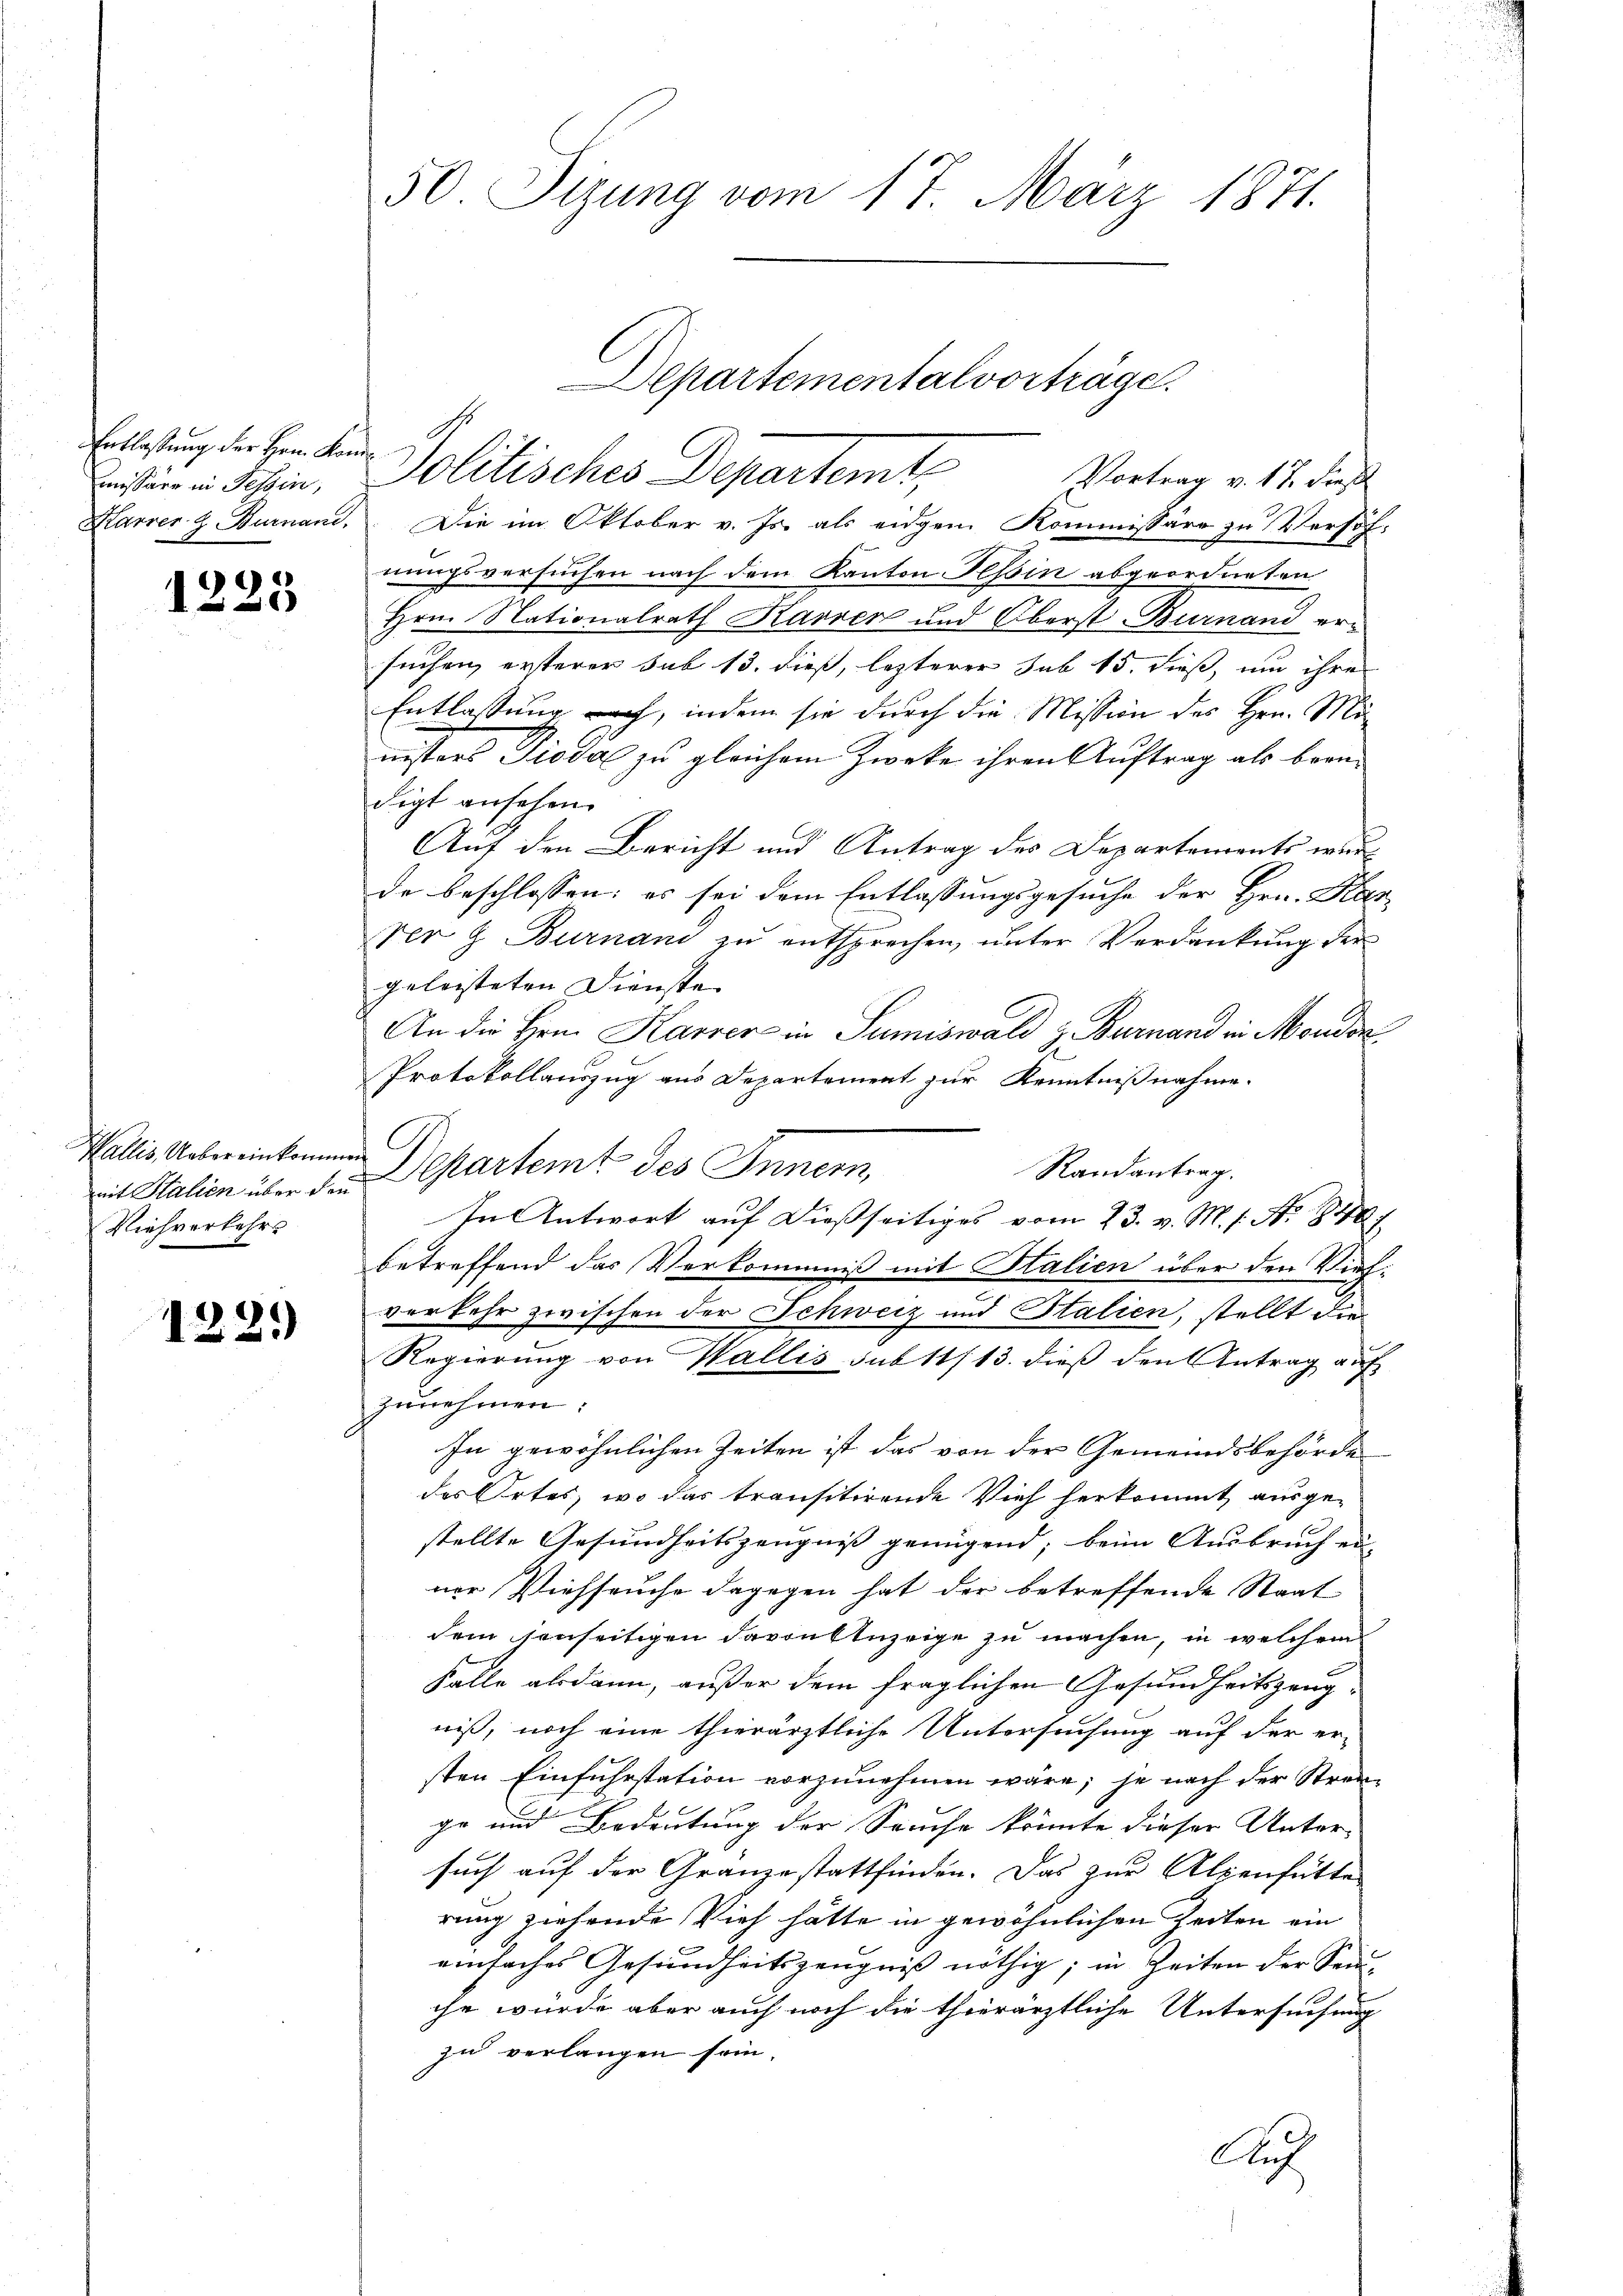
Entlassung der Herr Konmissier in Tessin,

1225

mit Italien über die
Viehverkehr

122.)

50 Sizung vom 17. März 1871.

Departementalvorträge.
Politisches Departemt,
Vortrag v. 17. dies

Karrer & Burnand. Die im Oktober v. Js. als eidgem Kommissäre zu Verhöh
nungsversuchen nach dem Kanton Hessin abgeordneten
Hrn. Nationalrath Karrer und Oberst Burnand er-
suchen, ersterer sub 13. dieß, lezterer sub 15. dieß, um ihre
Entlassung nach, indem sie durch die Mission des Hrn. Mi
nisters Pioda zu gleichem Zweke ihren Auftrag als beandigt ansehen.
Auf den Bericht und Antrag des Departements wurd
de beschlossen: es sei dem Entlassungsgesuche der Hrn. Kar-
Ver & Burnand zu entsprechen, unter Verdankung der
geleisteten Dienste
An die Hrn. Karrer in Sumiswald z. Burnand in Moudon
Protokollauszug aus Departement zur Kenntnißnahme.
Randantrag.
In Antwort auf dießseitiges vom 23. v. M. s. Nr. 848 f
betreffend das Verkommniß mit Stalien über den Viehverkehr zwischen der Schweiz und Italien, stellt die
f
Regierung von Wallis sub 11/13. dieß den Antrag auf
zunehmen:
In gewöhnlichen Zeiten ist das von der Gemeindsbehörde
des Ortes, wo das transitirende Vieh herkommt, ausgestellte Gesundheitszeugniß genügend; beim Ausbruch ei-
ner Viehseuche dagegen hat der betreffende Staat
dem jenseitigen davonttuzeige zu machen, in welchem
Falle alsdann, außer dem fraglichen Gesundheitszeugniß, noch eine thierärztliche Untersuchung auf der er-
sten Einfuhrstation vorzunehmen wäre, je nach der Streige und Bedeutung der Seuche könnte dieser Unter-
such auf der Gränze stattfinden. Das zur Alpenfütte
rung ziehende Vieh hätte in gewöhnlichen Zeiten ein
einfaches Gesundheitszeugnis nöthig; in Zeiten der Sen
che würde aber auch noch die thierärztliche Untersuchung
zu verlangen sein.
Auch

A
Wallis Uebereinkommen Departemt des Innern,